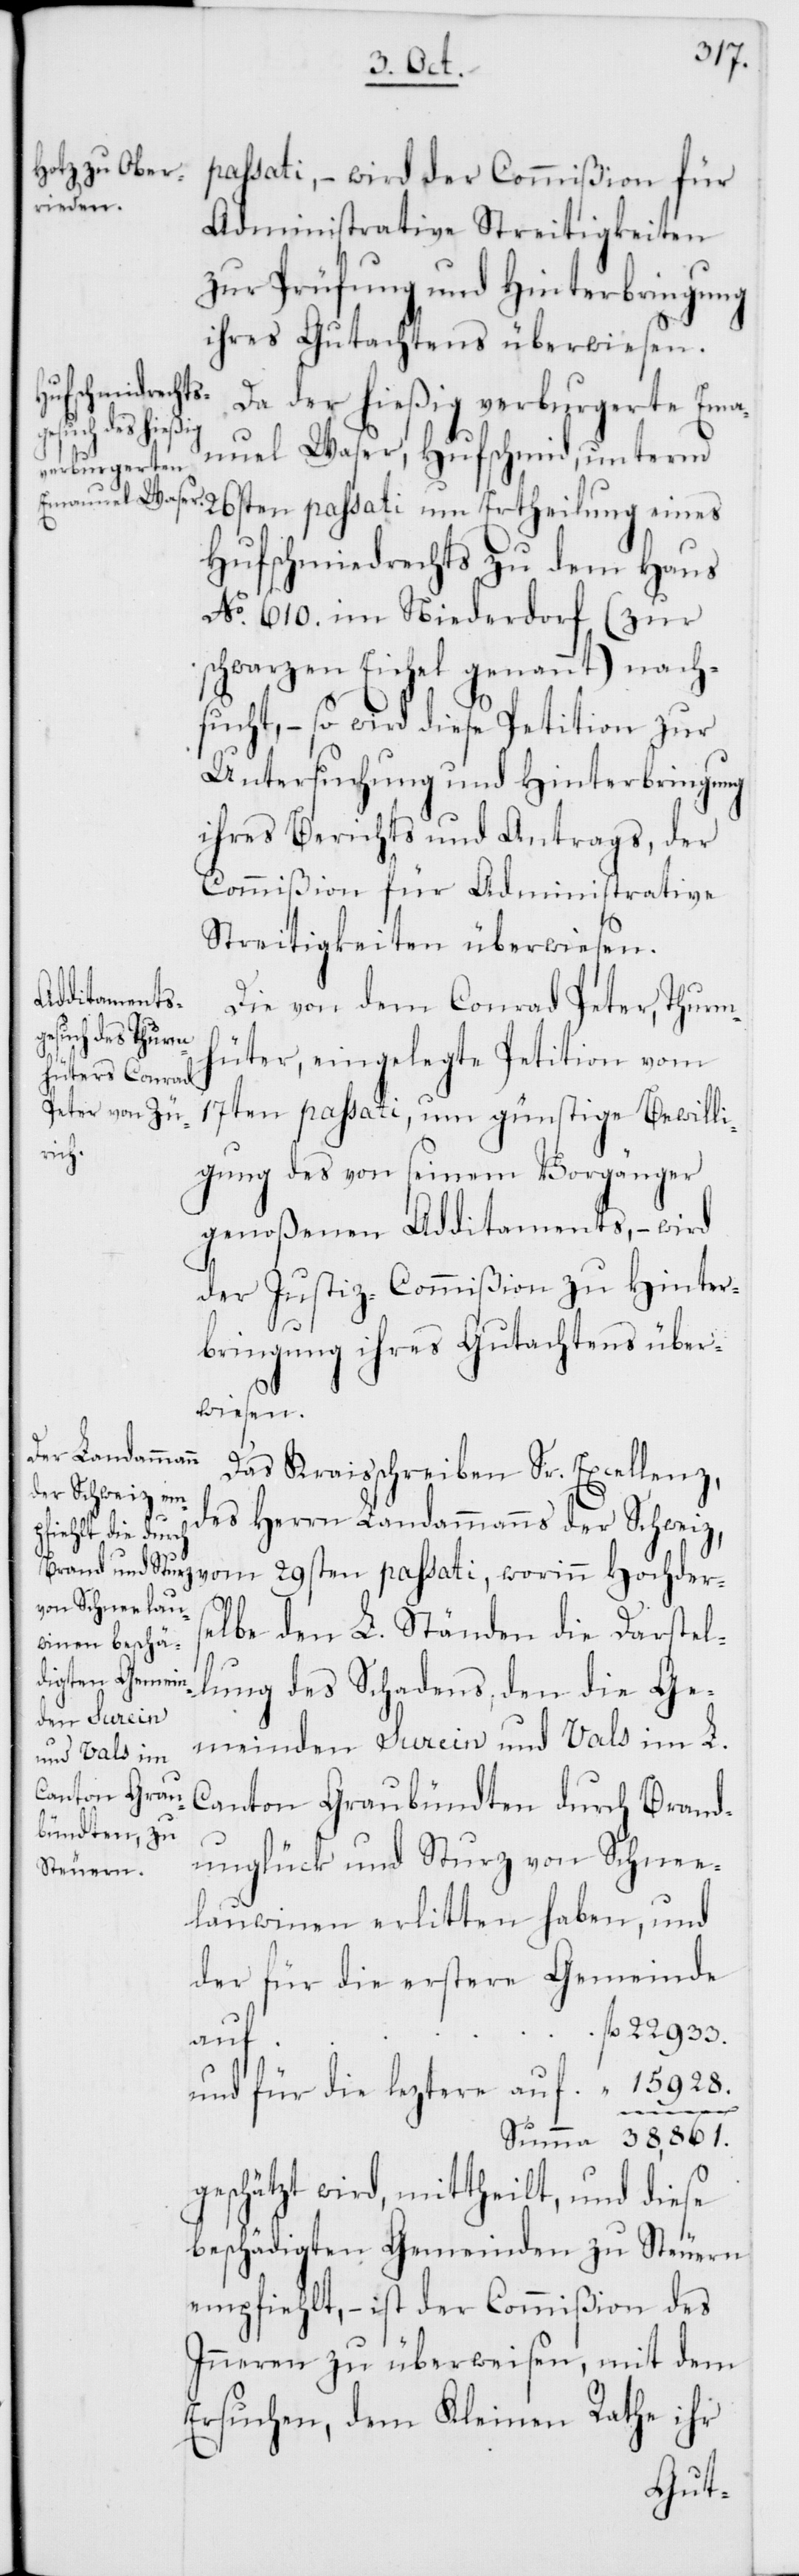
passati, – wird der Commißion für
Administrative Streitigkeiten
zur Prüfung und Hinterbringung
ihres Gutachtens überwiesen.
Da der hießig verburgerete Ema¬
nuel Waser, Hufschmied, unterm
26sten passati um Ertheilung eines
Hufschmiedrechts zu dem Haus
No 610. im Niederdorf (zur
schwarzen Eichel genannt) nach¬
sucht, – so wird diese Petition zur
Untersuchung und Hinterbringung
ihres Berichts und Antrags, der
Commißion für Administrative
Streitigkeiten überwiesen.
Die von dem Conrad Peter, Thurm¬
hüter, eingelegte Petition vom
17ten passati, um günstige Bewilli¬
gung des von seinem Vorgänger
genoßenen Additaments, – wird
der Justiz-Commißion zu Hinter¬
bringung ihres Gutachtens über¬
wiesen.
Das Kraisschreiben Sr. Excellenz,
des Herrn Landammanns der Schweiz,
vom 29sten passati, worinn Hochders¬
elbe den L. Ständen die Darstel¬
lung des Schadens, den die Ge¬
meinden Surein und Vals im L.
Canton Graubündten durch Brand¬
unglück und Sturz von Schnee¬
lauwinen erlitten haben, und
der für die erstere Gemeinde
auf
und für die leztere auf
geschätzt wird, mittheilt, und diese
beschädigten Gemeinden zu Steuern
empfiehlt, – ist der Commißion des
Inneren zu überweisen, mit dem
Ersuchen, dem Kleinen Rathe ihr